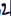
Text: 2